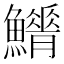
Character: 𩼿